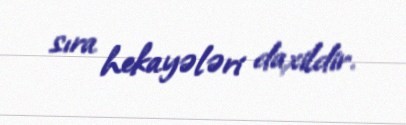
sıra hekayələri daxildir.